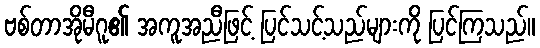
ဗစ်တာအိုမီဂူ၏ အကူအညီဖြင့် ပြင်သင့်သည်များကို ပြင်ကြသည်။